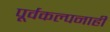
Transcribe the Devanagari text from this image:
पूर्वकल्पनाही